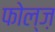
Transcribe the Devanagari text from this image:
फोल्ज़